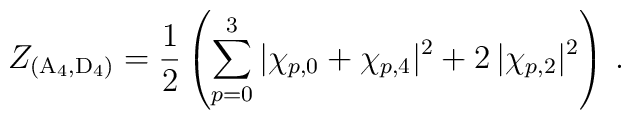
Z_{(\mathrm{A}_4,\mathrm{D}_4)} = \frac12\left( \sum_{p=0}^3 |\chi_{p,0} + \chi_{p,4}|^2+ 2\, |\chi_{p,2}|^2 \right) \,.